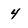
Character: 4